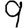
Digit: 9